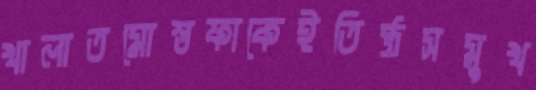
খালাতমোস্তফাকেইতিষ্ঠসমুখ